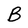
Character: B